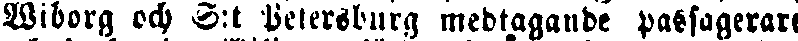
Wiborg och S:t Petersburg medtagande passagerare